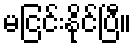
မငြင်းနိုင်ပြီ။